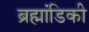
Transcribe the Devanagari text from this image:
ब्रह्मांडिकी